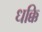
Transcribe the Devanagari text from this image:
धक्कि